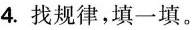
4. 找规律,填一填。